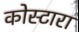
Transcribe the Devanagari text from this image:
कोस्‍टारा